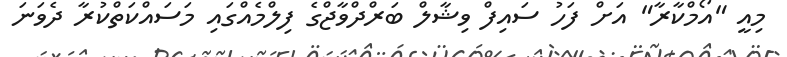
މިއީ "އޯމްކާރާ" އަށް ފަހު ސައިފް ވިޝާލް ބަރްދްވާޖްގެ ފިލްމެއްގައި މަސައްކަތްކުރާ ދެވަނަ